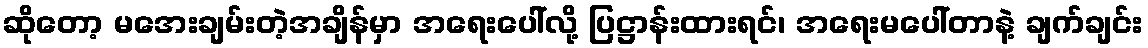
ဆိုတော့ မအေးချမ်းတဲ့အချိန်မှာ အရေးပေါ်လို့ ပြဋ္ဌာန်းထားရင်၊ အရေးမပေါ်တာနဲ့ ချက်ချင်း